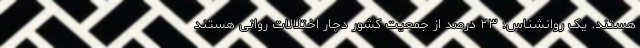
هستند. یک روانشناس: ۲۳ درصد از جمعیت کشور دچار اختلالات روانی هستند